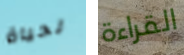
لحياة القراءة